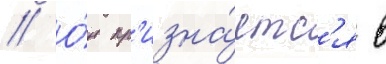
// О́н пр'изна́етс'я в